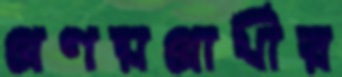
প্রণয়প্রার্থীর